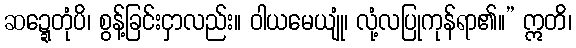
ဆဍ္ဍေတုံပိ၊ စွန့်ခြင်းငှာလည်း။ ဝါယမေယျုံ၊ လုံ့လပြုကုန်ရာ၏။” ဣတိ၊